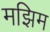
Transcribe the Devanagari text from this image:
मझिम